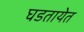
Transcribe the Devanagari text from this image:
घडतायेत